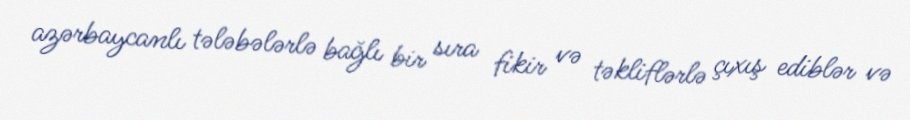
azərbaycanlı tələbələrlə bağlı bir sıra fikir və təkliflərlə çıxış ediblər və